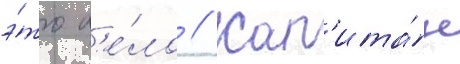
э́то д'е́ло // Кап'ита́н